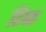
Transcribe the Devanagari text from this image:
विष्क